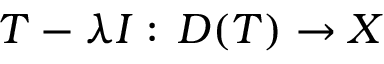
T - \lambda I : \, D ( T ) \to X